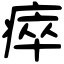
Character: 瘁